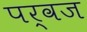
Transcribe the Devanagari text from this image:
पर्वज